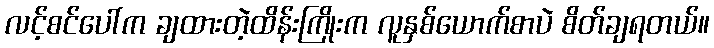
လင့်စင်ပေါ်က ချထားတဲ့ထိန်းကြိုးက လူနှစ်ယောက်စာပဲ စိတ်ချရတယ်။